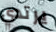
يرتدي